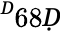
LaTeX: ^Ḋ68Ḍ